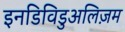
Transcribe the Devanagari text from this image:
इनडिविडुअलिज़म